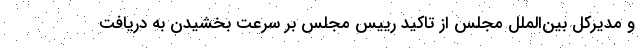
و مدیرکل بین‌الملل مجلس از تاکید رییس مجلس بر سرعت بخشیدن به دریافت